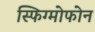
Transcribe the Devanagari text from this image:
स्फिग्मोफोन